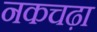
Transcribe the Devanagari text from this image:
नकचढ़ा